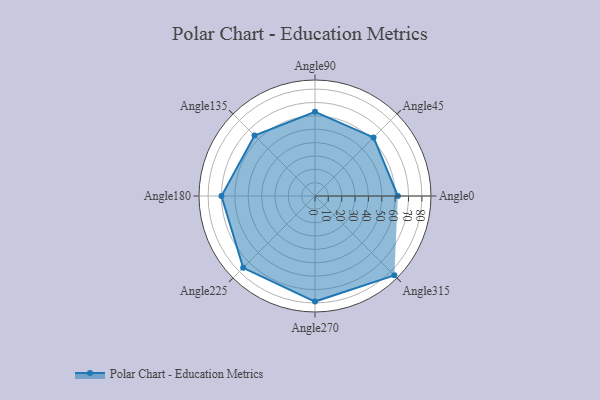
{"axis": {"x": "Angle", "y": "Radius"}, "legend": [""], "data": [{"x": "Angle0", "y": 62.0, "type": ""}, {"x": "Angle45", "y": 62.0, "type": ""}, {"x": "Angle90", "y": 63.0, "type": ""}, {"x": "Angle135", "y": 64.0, "type": ""}, {"x": "Angle180", "y": 70.0, "type": ""}, {"x": "Angle225", "y": 76.0, "type": ""}, {"x": "Angle270", "y": 79.0, "type": ""}, {"x": "Angle315", "y": 84.0, "type": ""}]}